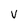
Character: V